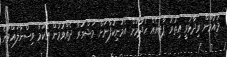
މައުމޫން ވިދާޅުވީ އިތުރު ޕާޓީއެއް ހެދުމަށް އެމަނިކުފާނަށް މަޝްވަރާ ދެއްވުމުން އެކަމާ ވިސްނާލައްވާނެ